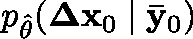
p _ { \hat { \theta } } ( \mathbf { \Delta x } _ { 0 } \mid \mathbf { \bar { y } } _ { 0 } )